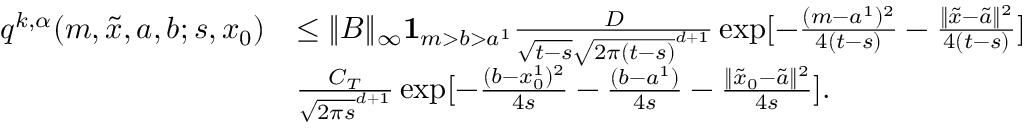
\begin{array} { r l } { q ^ { k , \alpha } ( m , \tilde { x } , a , b ; s , x _ { 0 } ) } & { \leq \| B \| _ { \infty } { \mathbf 1 } _ { m > b > a ^ { 1 } } \frac { D } { \sqrt { t - s } \sqrt { 2 \pi ( t - s ) } ^ { d + 1 } } \exp [ - \frac { ( m - a ^ { 1 } ) ^ { 2 } } { 4 ( t - s ) } - \frac { \| \tilde { x } - \tilde { a } \| ^ { 2 } } { 4 ( t - s ) } ] } \\ & { \frac { C _ { T } } { \sqrt { 2 \pi s } ^ { d + 1 } } \exp [ - \frac { ( b - x _ { 0 } ^ { 1 } ) ^ { 2 } } { 4 s } - \frac { ( b - a ^ { 1 } ) } { 4 s } - \frac { \| \tilde { x } _ { 0 } - \tilde { a } \| ^ { 2 } } { 4 s } ] . } \end{array}